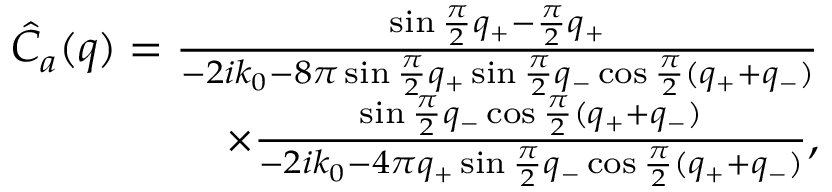
\begin{array} { r l r } & { } & { \hat { C } _ { a } ( q ) = \frac { \sin \frac \pi 2 q _ { + } - \frac \pi 2 q _ { + } } { - 2 i k _ { 0 } - 8 \pi \sin \frac { \pi } { 2 } q _ { + } \sin \frac \pi 2 q _ { - } \cos \frac { \pi } { 2 } ( q _ { + } + q _ { - } ) } } \\ & { } & { \qquad \qquad \qquad \times \frac { \sin \frac \pi 2 q _ { - } \cos \frac { \pi } { 2 } ( q _ { + } + q _ { - } ) } { - 2 i k _ { 0 } - 4 \pi q _ { + } \sin \frac \pi 2 q _ { - } \cos \frac { \pi } { 2 } ( q _ { + } + q _ { - } ) } , } \end{array}